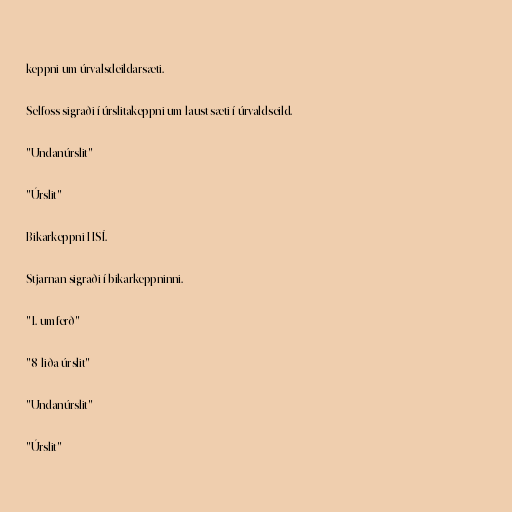
keppni um úrvalsdeildarsæti.

Selfoss sigraði í úrslitakeppni um laust sæti í úrvaldseild.

"Undanúrslit"

"Úrslit"

Bikarkeppni HSÍ.

Stjarnan sigraði í bikarkeppninni.

"1. umferð"

"8-liða úrslit"

"Undanúrslit"

"Úrslit"